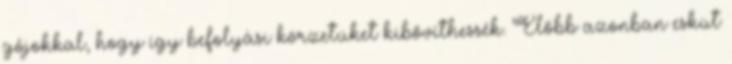
gójokkal, hogy így befolyási körzetüket kibővíthessék. Előbb azonban esküt